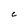
Character: C